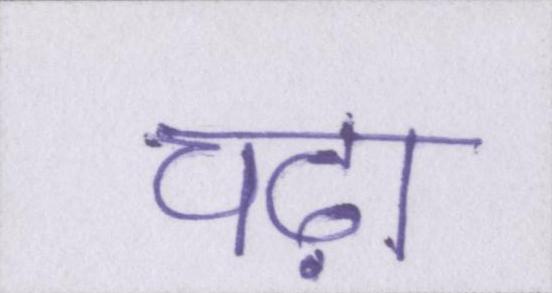
चढ़ा